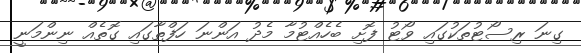
ގިނަ ރިސޯޓުތަކުގައި ވޯޓު ފޮށި ބެހެއްޓުމާ މެދު އަންނަ ހަފްތާގައި ގޮތެއް ނިންމަނީ